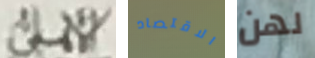
الأهلى الاقتصاد لهن